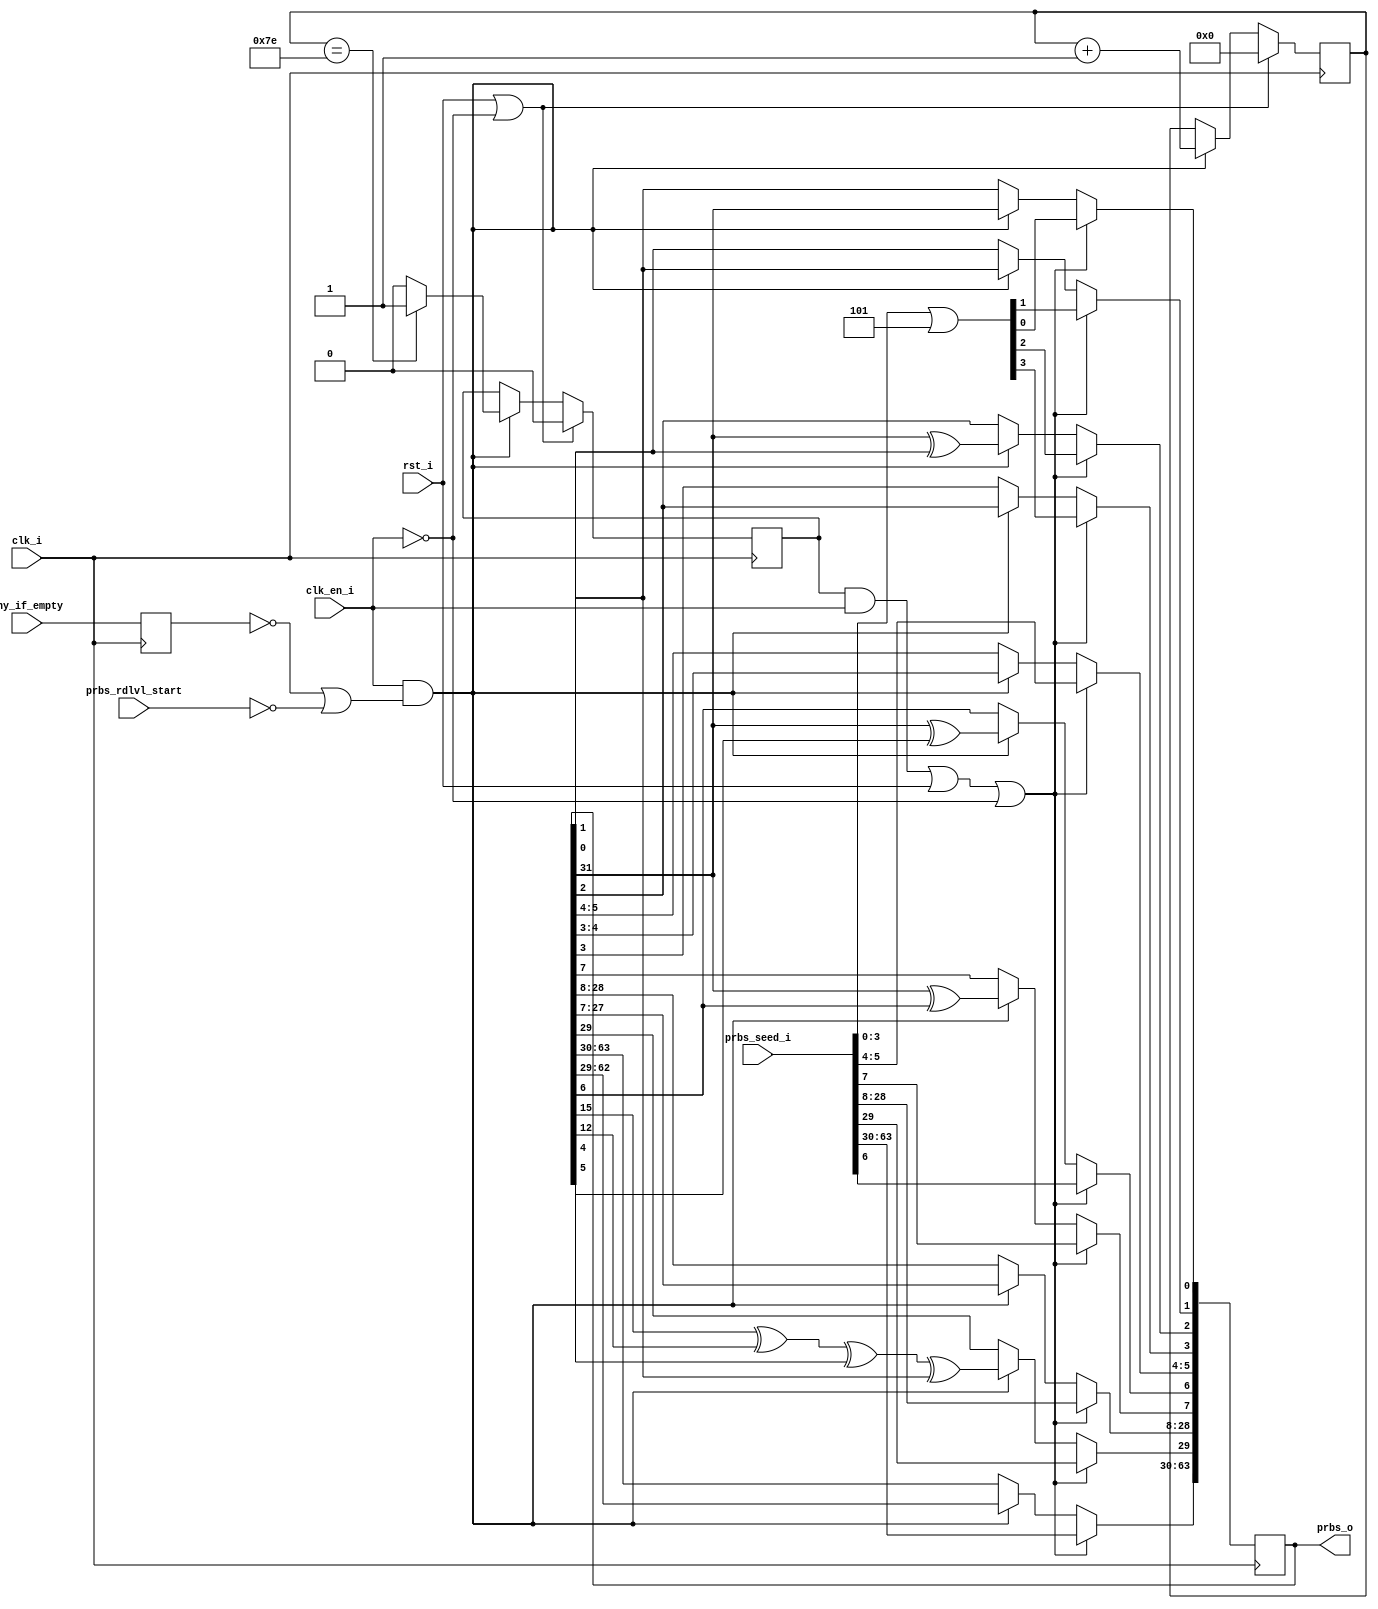
module mig_7series_v2_0_ddr_prbs_gen #
  (
   parameter TCQ         = 100,        
   parameter PRBS_WIDTH  = 64          
   )
  (
   input                      clk_i,          
   input                      clk_en_i,       
   input                      rst_i,          
   input [PRBS_WIDTH-1:0]     prbs_seed_i,    
   input                      phy_if_empty,   
   input                      prbs_rdlvl_start, 
   output [PRBS_WIDTH-1:0]    prbs_o 
  );
  function integer clogb2 (input integer size);
    begin
      size = size - 1;
      for (clogb2=1; size>1; clogb2=clogb2+1)
        size = size >> 1;
    end
  endfunction
  localparam PRBS_SEQ_LEN_CYCLES = 128;
  localparam PRBS_SEQ_LEN_CYCLES_BITS = clogb2(PRBS_SEQ_LEN_CYCLES);
  reg                                 phy_if_empty_r;
  reg                                 reseed_prbs_r;
  reg [PRBS_SEQ_LEN_CYCLES_BITS-1:0]  sample_cnt_r;
  reg [PRBS_WIDTH - 1 :0]             prbs;  
  reg [PRBS_WIDTH :1]                 lfsr_q;
  always @(posedge clk_i) begin
    phy_if_empty_r <= #TCQ phy_if_empty;
  end
  always @(posedge clk_i)
  begin
    if (rst_i || ~clk_en_i) begin
      sample_cnt_r    <= #TCQ 'b0;
      reseed_prbs_r   <= #TCQ 1'b0;
    end else if (clk_en_i && (~phy_if_empty_r || ~prbs_rdlvl_start)) begin
      sample_cnt_r    <= #TCQ sample_cnt_r + 1;
      if (sample_cnt_r == PRBS_SEQ_LEN_CYCLES - 2)
        reseed_prbs_r <= #TCQ 1'b1;
      else
        reseed_prbs_r <= #TCQ 1'b0;
    end
  end
  always @ (posedge clk_i)
  begin
    if ((reseed_prbs_r && clk_en_i) || rst_i || ~clk_en_i) begin
      lfsr_q[4:1]          <= #TCQ prbs_seed_i[3:0] | 4'h5;
      lfsr_q[PRBS_WIDTH:5] <= #TCQ prbs_seed_i[PRBS_WIDTH-1:4];
    end
    else if (clk_en_i && (~phy_if_empty_r || ~prbs_rdlvl_start)) begin
      lfsr_q[PRBS_WIDTH:31] <= #TCQ lfsr_q[PRBS_WIDTH-1:30];
      lfsr_q[30]            <= #TCQ lfsr_q[16] ^ lfsr_q[13] ^ lfsr_q[5]  ^ lfsr_q[1];
      lfsr_q[29:9]          <= #TCQ lfsr_q[28:8];
      lfsr_q[8]             <= #TCQ lfsr_q[32] ^ lfsr_q[7];
      lfsr_q[7]             <= #TCQ lfsr_q[32] ^ lfsr_q[6];
      lfsr_q[6:4]           <= #TCQ lfsr_q[5:3];
      lfsr_q[3]             <= #TCQ lfsr_q[32] ^ lfsr_q[2];
      lfsr_q[2]             <= #TCQ lfsr_q[1] ;
      lfsr_q[1]             <= #TCQ lfsr_q[32];
    end
  end
  always @ (lfsr_q[PRBS_WIDTH:1]) begin
    prbs = lfsr_q[PRBS_WIDTH:1];
  end
  assign prbs_o = prbs;
endmodule